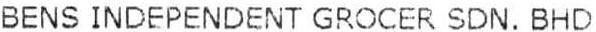
BENS INDEPENDENT GROCER SDN. BHD